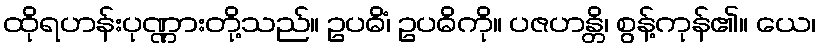
ထိုရဟန်းပုဏ္ဏားတို့သည်။ ဥပဓိံ၊ ဥပဓိကို။ ပဇဟန္တိ၊ စွန့်ကုန်၏။ ယေ၊